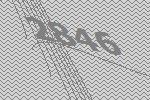
2846